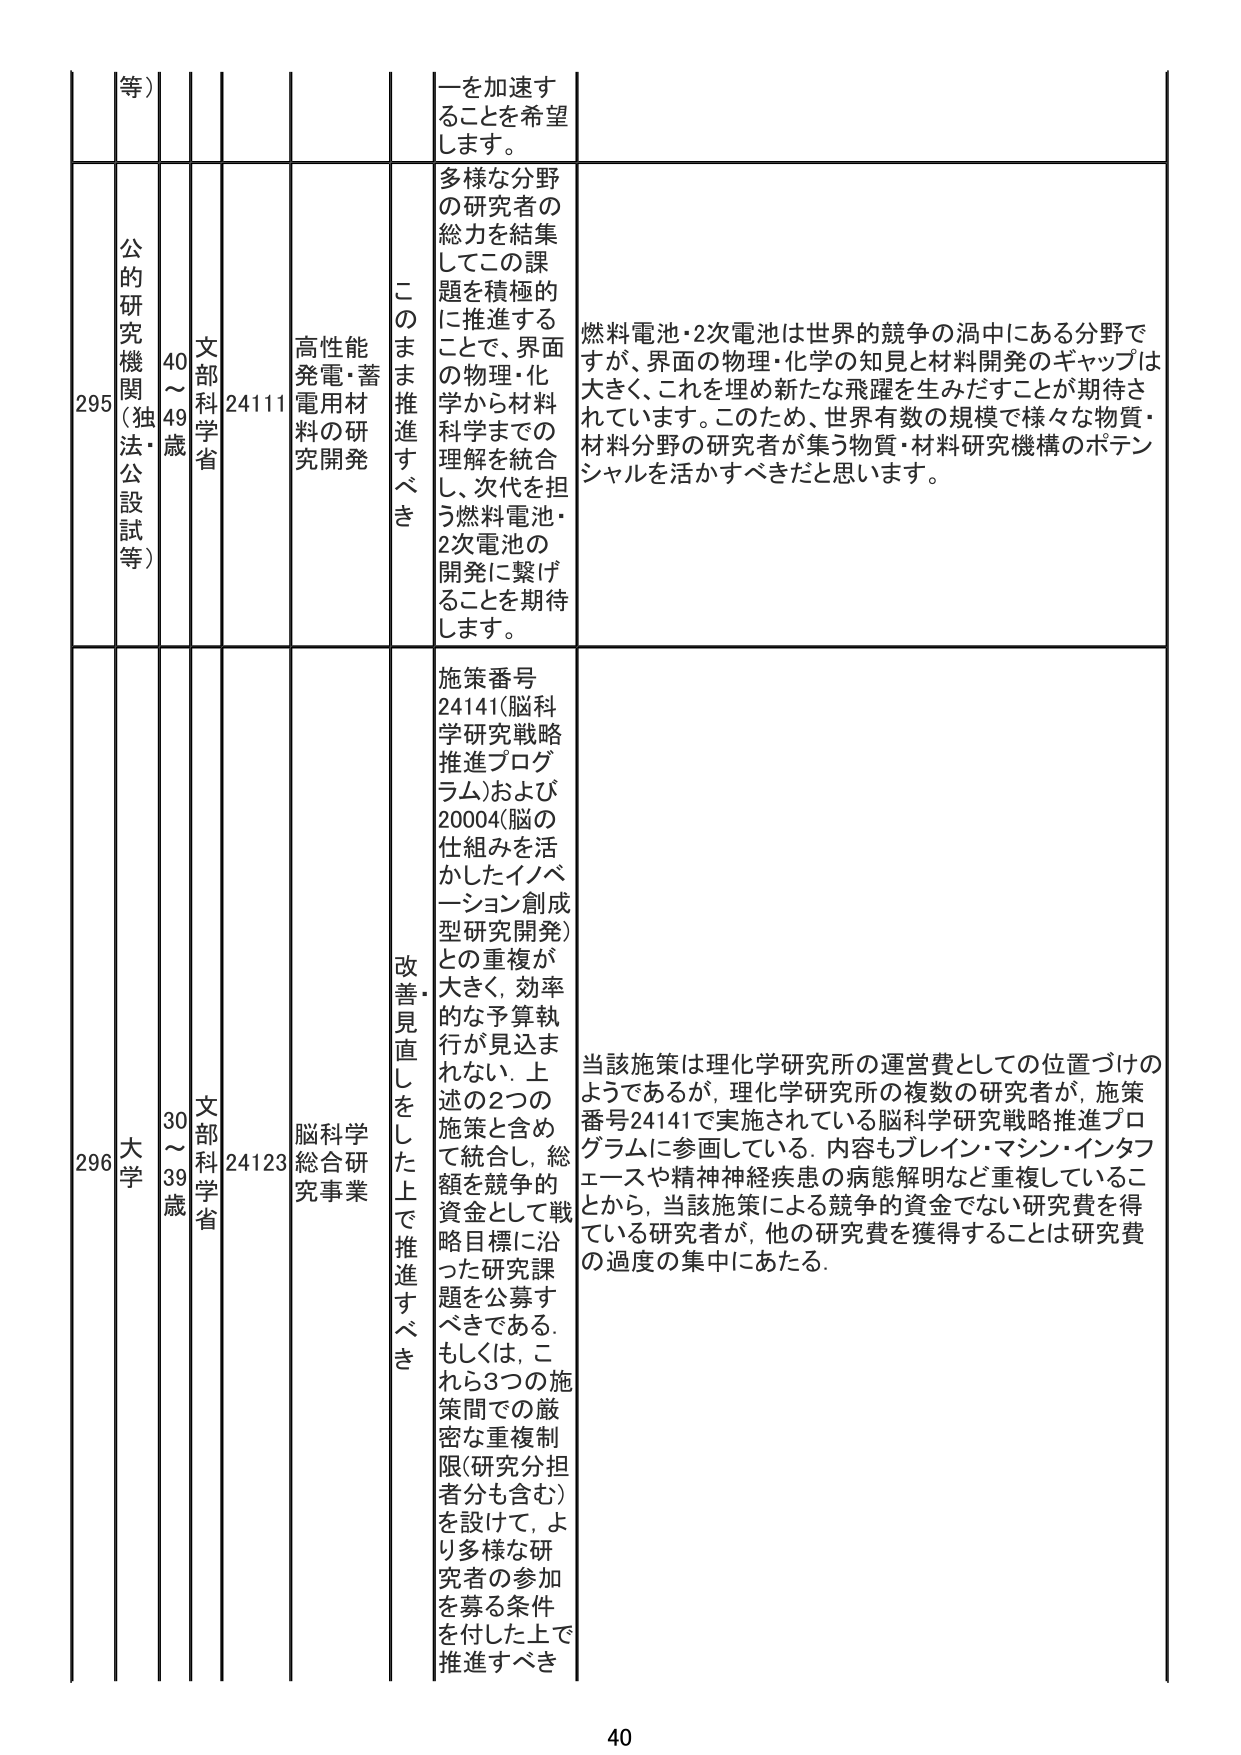
等）

295
公的研究機関（独法・公設試等）
40～49歳
文部科学省
24111
高性能発電・蓄電用材料の研究開発
このまま推進すべき
一を加速することを希望します。
多様な分野の研究者の総力を結集してこの課題を積極的に推進することで、界面の物理・化学から材料科学までの理解を統合し、次代を担う燃料電池・2次電池の開発に繋げることを期待します。
燃料電池・2次電池は世界的競争の渦中にある分野ですが、界面の物理・化学の知見と材料開発のギャップは大きく、これを埋め新たな飛躍を生みだすことが期待されています。このため、世界有数の規模で様々な物質・材料分野の研究者が集う物質・材料研究機構のポテンシャルを活かすべきだと思います。

296
大学
30～39歳
文部科学省
24123
脳科学総合研究事業
改善・見直しをした上で推進すべき
施策番号24141（脳科学研究戦略推進プログラム）および20004（脳の仕組みを活かしたイノベーション創成型研究開発）との重複が大きく、効率的な予算執行が見込まれない。上述の2つの施策と含めて統合し、総額を競争的資金として戦略目標に沿った研究課題を公募すべきである。もしくは、これら3つの施策間での厳密な重複制限（研究分担者分も含む）を設けて、より多様な研究者の参加を募る条件を付した上で推進すべき
当該施策は理化学研究所の運営費としての位置づけのようであるが、理化学研究所の複数の研究者が、施策番号24141で実施されている脳科学研究戦略推進プログラムに参画している。内容もブレイン・マシン・インタフェースや精神神経疾患の病態解明など重複していることから、当該施策による競争的資金でない研究費を得ている研究者が、他の研究費を獲得することは研究費の過度の集中にあたる。

40